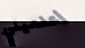
أعلميني